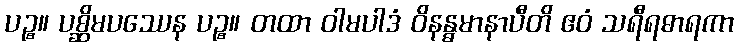
ပဉ္စ။ ပစ္ဆိမပဿေန ပဉ္စ။ တထာ ဝါမပါဒံ ဝိနန္ဓမာနာပီတိ ဧဝံ သရီရဓာရကာ